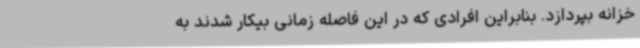
خزانه بپردازد. بنابراین افرادی که در این فاصله زمانی بیکار شدند به